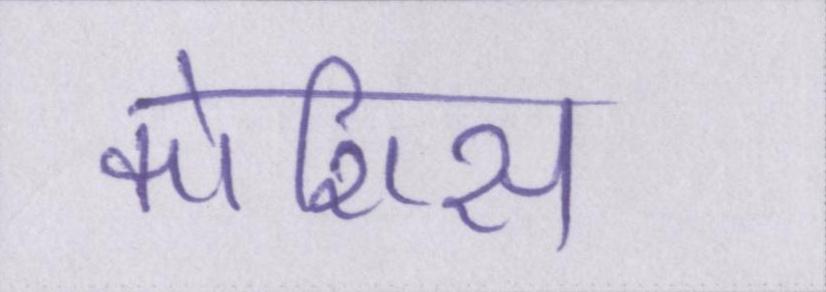
कोशिस